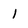
Character: 1